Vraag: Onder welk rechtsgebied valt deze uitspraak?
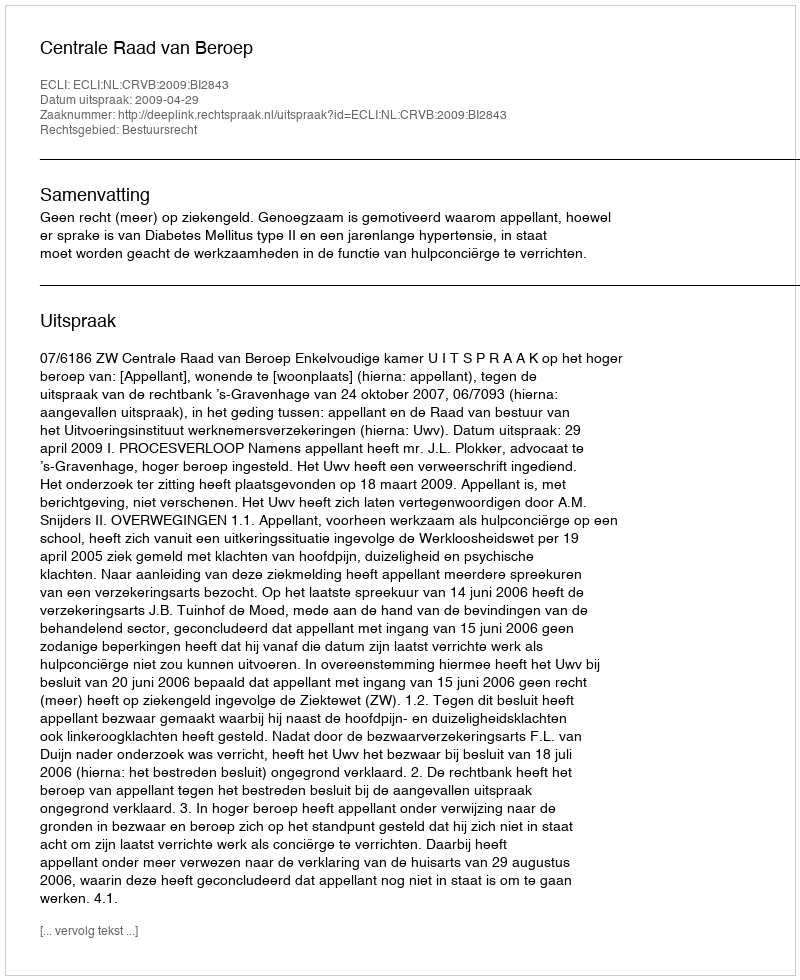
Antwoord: Bestuursrecht